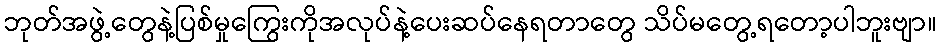
ဘုတ်အဖွဲ့တွေနဲ့ပြစ်မှုကြွေးကိုအလုပ်နဲ့ပေးဆပ်နေရတာတွေ သိပ်မတွေ့ရတော့ပါဘူးဗျာ။